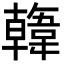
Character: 𩏑